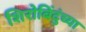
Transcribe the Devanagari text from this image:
शिरोबिंदुंच्या